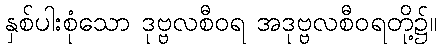
နှစ်ပါးစုံသော ဒုဗ္ဗလစီဝရ အဒုဗ္ဗလစီဝရတို့၌။